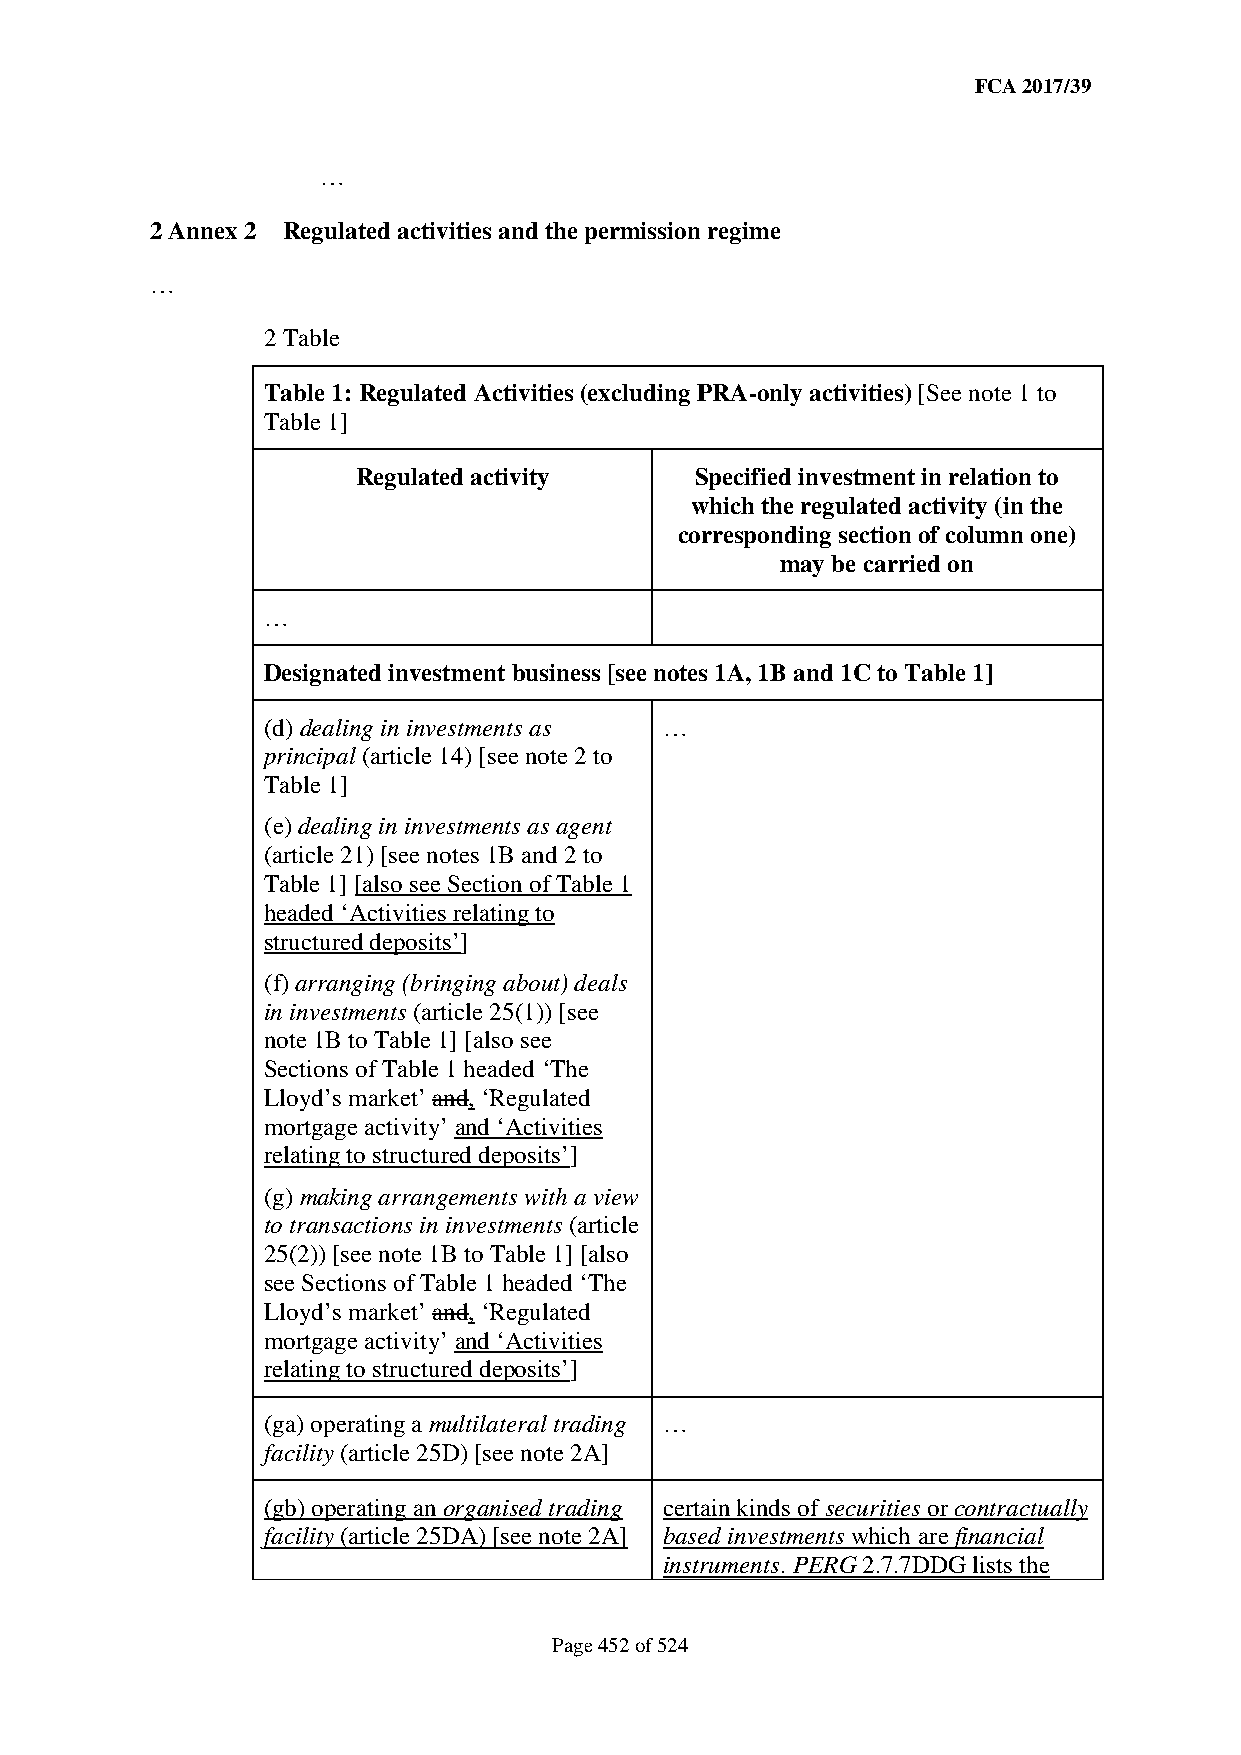
FCA 2017/39
 …
 2 Annex 2 Regulated activities and the permission regime
 …
 2 Table
 Table 1: Regulated Activities (excluding PRA-only activities) [See note 1 to
 Table 1]
 Regulated activity    Specified investment in relation to
 which the regulated activity (in the
 corresponding section of column one)
 may be carried on
 …
 Designated investment business [see notes 1A, 1B and 1C to Table 1]
 (d) dealing in investments as …
 principal (article 14) [see note 2 to
 Table 1]
 (e) dealing in investments as agent
 (article 21) [see notes 1B and 2 to
 Table 1] [also see Section of Table 1
 headed ‘Activities relating to
 structured deposits’]
 (f) arranging (bringing about) deals
 in investments (article 25(1)) [see
 note 1B to Table 1] [also see
 Sections of Table 1 headed ‘The
 Lloyd’s market’ and, ‘Regulated
 mortgage activity’ and ‘Activities
 relating to structured deposits’]
 (g) making arrangements with a view
 to transactions in investments (article
 25(2)) [see note 1B to Table 1] [also
 see Sections of Table 1 headed ‘The
 Lloyd’s market’ and, ‘Regulated
 mortgage activity’ and ‘Activities
 relating to structured deposits’]
 (ga) operating a multilateral trading …
 facility (article 25D) [see note 2A]
 (gb) operating an organised trading certain kinds of securities or contractually
 facility (article 25DA) [see note 2A] based investments which are financial
 instruments. PERG 2.7.7DDG lists the
 Page 452 of 524